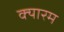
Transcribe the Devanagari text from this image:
क्यारम